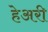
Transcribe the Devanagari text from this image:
हेअरी